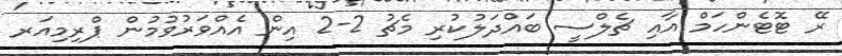
ރޭ ޓޮޓެންހަމް އާއި ޗެލްސީ ބައްދަލުކުރި މެޗު 2-2 އިން އެއްވަރުވުމުން ޕްރިމިއަރ